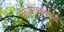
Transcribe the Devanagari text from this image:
रेल्वेमार्गावरही